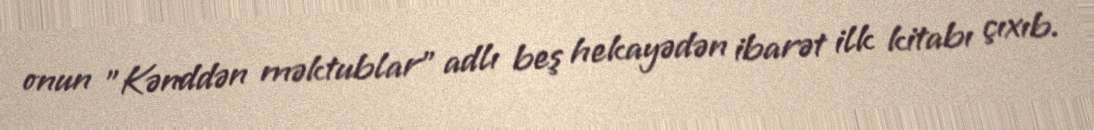
onun "Kənddən məktublar" adlı beş hekayədən ibarət ilk kitabı çıxıb.